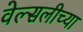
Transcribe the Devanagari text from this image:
वेल्सलीच्या